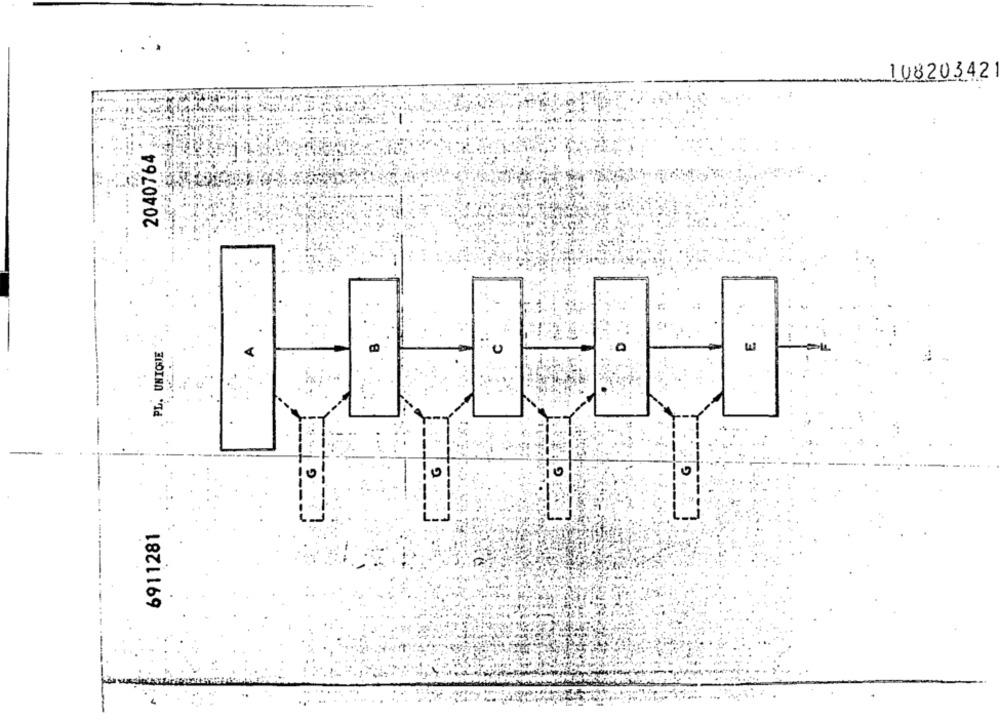
:
14820342
:
2040764
PL. UNIONJE
3
G
0
2.
6911281